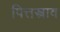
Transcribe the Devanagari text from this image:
पित्तस्त्राव